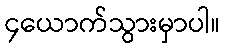
၄ယောက်သွားမှာပါ။